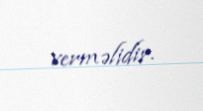
verməlidir.